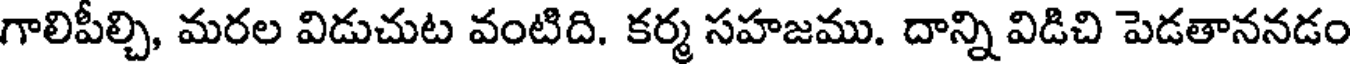
గాలిపీల్చి, మరల విడుచుట వంటిది. కర్మ సహజము. దాన్ని విడిచి పెడతాననడం